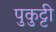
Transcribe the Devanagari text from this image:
पुकुट्टी